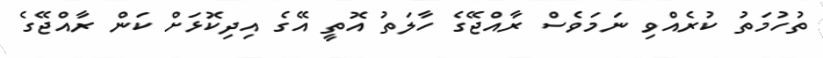
ތުހުމަތު ކުރެއްވި ނަމަވެސް ރާއްޖޭގެ ހާލަތު އޮތީ އޭގެ އިދިކޮޅަށް ކަން ރާއްޖޭގެ